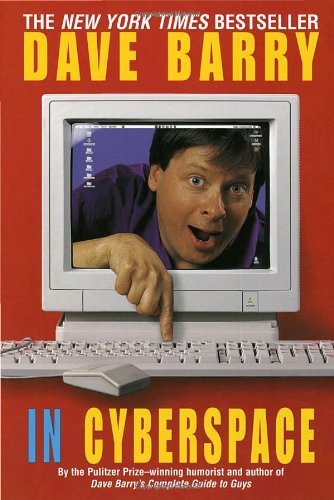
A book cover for Dave Barry in Cyberspace; Dave Barry; Humor & Entertainment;